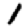
Digit: 1